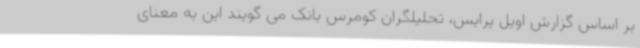
بر اساس گزارش اویل پرایس، تحلیلگران کومرس بانک می گویند این به معنای